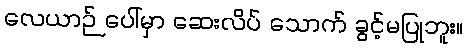
လေယာဉ် ပေါ်မှာ ဆေးလိပ် သောက် ခွင့်မပြုဘူး။